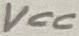
Text: VCC